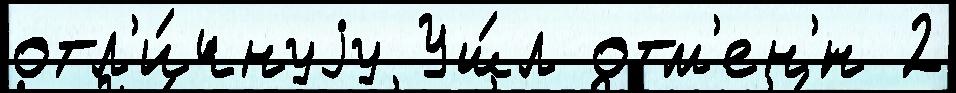
отл'и́чнуjу Уш́л отм'ен'́н 2